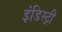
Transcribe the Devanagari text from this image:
इंडिस्ट्री